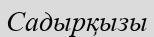
Садырқызы